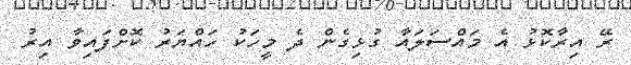
ރޭ އިރާކޮޅު އެ މައްސަލައާ ގުޅިގެން ދެ މީހަކު ހައްޔަރު ކޮށްފައިވާ އިރު